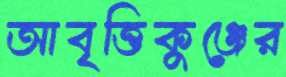
আবৃত্তিকুঞ্জের